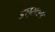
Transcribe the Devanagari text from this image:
ड्यूसबर्ग